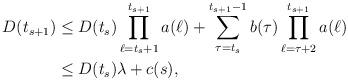
LaTeX: \begin{align*} D(t_{s+1})&\leq D(t_{s})\prod_{\ell=t_{s}+1}^{t_{s+1}}a(\ell)+\sum_{\tau=t_s}^{t_{s+1}-1}b(\tau)\prod_{\ell=\tau+2}^{t_{s+1}}a(\ell)\cr &\leq D(t_{s})\lambda+c(s),\end{align*}